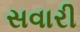
સવારી